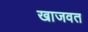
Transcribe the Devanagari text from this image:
खाजवत